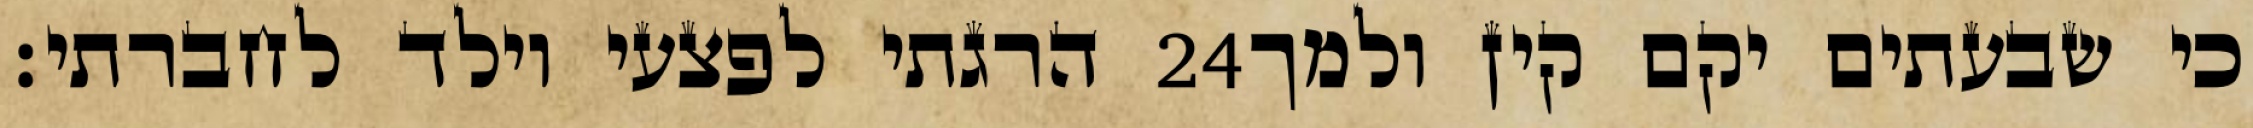
הרגתי לפצעי וילד לחברתי׃ ‎24‏ כי שבעתים יקם קין ולמך